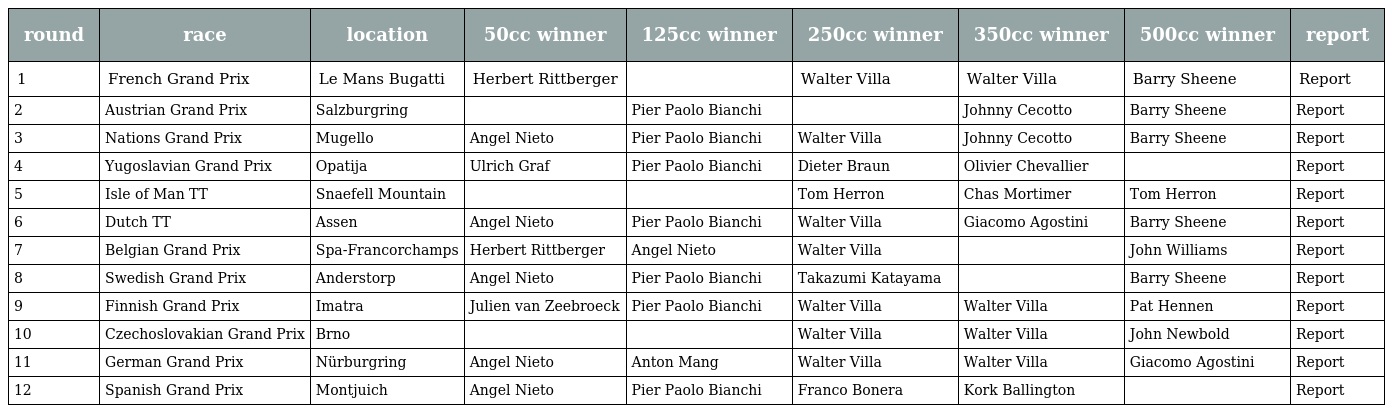
| round | race | location | 50cc winner | 125cc winner | 250cc winner | 350cc winner | 500cc winner | report |
 | --- | --- | --- | --- | --- | --- | --- | --- | --- |
 | 1 | French Grand Prix | Le Mans Bugatti | Herbert Rittberger |  | Walter Villa | Walter Villa | Barry Sheene | Report |
 | 2 | Austrian Grand Prix | Salzburgring |  | Pier Paolo Bianchi |  | Johnny Cecotto | Barry Sheene | Report |
 | 3 | Nations Grand Prix | Mugello | Angel Nieto | Pier Paolo Bianchi | Walter Villa | Johnny Cecotto | Barry Sheene | Report |
 | 4 | Yugoslavian Grand Prix | Opatija | Ulrich Graf | Pier Paolo Bianchi | Dieter Braun | Olivier Chevallier |  | Report |
 | 5 | Isle of Man TT | Snaefell Mountain |  |  | Tom Herron | Chas Mortimer | Tom Herron | Report |
 | 6 | Dutch TT | Assen | Angel Nieto | Pier Paolo Bianchi | Walter Villa | Giacomo Agostini | Barry Sheene | Report |
 | 7 | Belgian Grand Prix | Spa-Francorchamps | Herbert Rittberger | Angel Nieto | Walter Villa |  | John Williams | Report |
 | 8 | Swedish Grand Prix | Anderstorp | Angel Nieto | Pier Paolo Bianchi | Takazumi Katayama |  | Barry Sheene | Report |
 | 9 | Finnish Grand Prix | Imatra | Julien van Zeebroeck | Pier Paolo Bianchi | Walter Villa | Walter Villa | Pat Hennen | Report |
 | 10 | Czechoslovakian Grand Prix | Brno |  |  | Walter Villa | Walter Villa | John Newbold | Report |
 | 11 | German Grand Prix | Nürburgring | Angel Nieto | Anton Mang | Walter Villa | Walter Villa | Giacomo Agostini | Report |
 | 12 | Spanish Grand Prix | Montjuich | Angel Nieto | Pier Paolo Bianchi | Franco Bonera | Kork Ballington |  | Report |